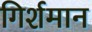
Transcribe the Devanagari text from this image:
गिर्शमान